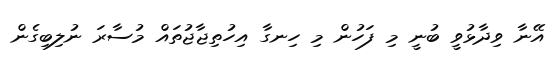
އޭނާ ވިދާޅުވީ ބުނީ މި ފަހުން މި ހިނގާ އިހުތިޖާޖުތައް މުސާރަ ނުލިބިގެން